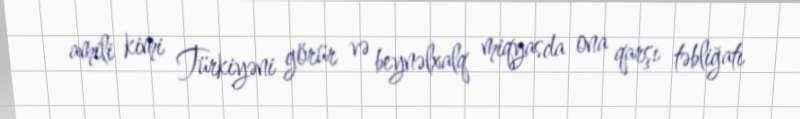
amili kimi Türkiyəni görür və beynəlxalq miqyasda ona qarşı təbliğatı